Annual report on the mental hospital in the Central Provinces and Berar (Nagpur) - 1927-1951
Year: 1927
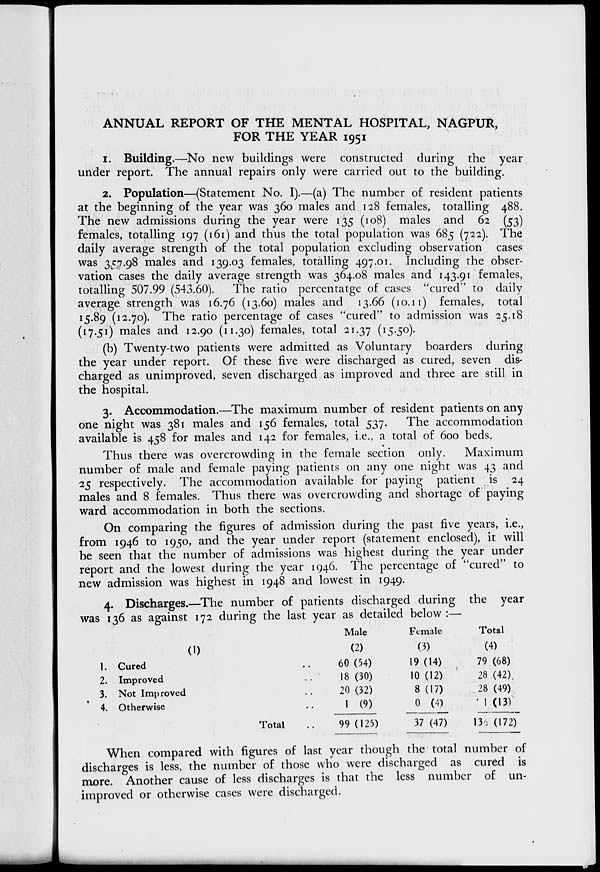
ANNUAL REPORT OF THE MENTAL HOSPITAL, NAGPUR,
FOR THE YEAR 1951
1. Building.—No new buildings were constructed during the year
under report. The annual repairs only were carried out to the building.
2. Population—(Statement No. I).—(a) The number of resident patients
at the beginning of the year was 360 males and 128 females, totalling 488.
The new admissions during the year were 135 (108) males and 62 (53)
females, totalling 197 (161) and thus the total population was 685 (722). The
daily average strength of the total population excluding observation cases
was 35.7.98 males and 139.03 females, totalling 497.01. Including the obser-
vation cases the daily average strength was 364.08 males and 143.91 females,
totalling 507.99 (543.60).
The ratio percentatge of cases "cured" to daily
average strength was 16.76 (13.60) males and 13.66 (10.11) females, total
15.89 (12.70). The ratio percentage of cases "cured" to admission was 25.18
(17.51) males and 12.90 (n.30) females, total 21.37 ( T 5-5°)-
(b) Twenty-two patients were admitted as Voluntary boarders during
the year under report. Of these five were discharged as cured, seven dis-
charged as unimproved, seven discharged as improved and three are still in
the hospital.
3. Accommodation.—The maximum number of resident patients on any
one night was 381 males and 156 females, total 537.
The accommodation
available is 458 for males and 142 for females, i.e., a total of 600 beds.
Thus there was overcrowding in the female section only.
Maximum
number of male and female paying patients on any one night was 43 and
25 respectively. The accommodation available for paying patient is 24
males and 8 females. Thus there was overcrowding and shortage of paying
ward accommodation in both the sections.
On comparing the figures of admission during the past five years, i.e.,
from 1946 to 1950, and the year under report (statement enclosed), it will
be seen that the number of admissions was highest during the year under
report and the lowest during the year 1946. The percentage of "cured" to
new admission was highest in 1948 and lowest in 1949.
4. Discharges.—The number of patients discharged during the year
was 136 as against 172 during the last year as detailed below :—
(1)
1. Cured
2. Improved
3. Not Improved
4. Otherwise
Total
Male
Female
Total
(2)
(3)
(4)
60 (54)
19 (14)
79 (68)
18 (30)
10 (12)
28 (42).
20 (32)
8 (17)
28 (49)
1 (9)
0 (4)
' 1 (13)
99 (125)
37 (47)
136 (172)
When compared with figures of last year though the total number of
discharges is less, the number of those who were discharged as cured is
more. Another cause of less discharges is that the less number of un-
improved or otherwise cases were discharged.